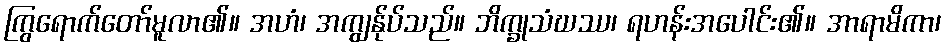
ကြွရောက်တော်မူလာ၏။ အဟံ၊ အကျွန်ုပ်သည်။ ဘိက္ခုသံဃဿ၊ ရဟန်းအပေါင်း၏။ အာရာမိကာ၊